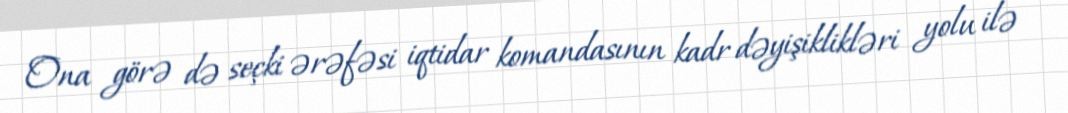
Ona görə də seçki ərəfəsi iqtidar komandasının kadr dəyişiklikləri yolu ilə